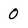
Character: 0